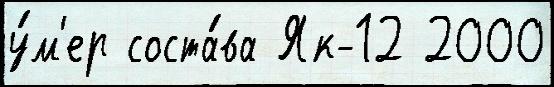
у́м'ер соста́ва Як-12 2000